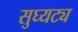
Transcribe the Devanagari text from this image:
सुघ्यट्य